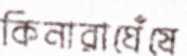
কিনারাঘেঁষে